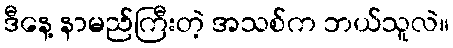
ဒီနေ့ နာမည်ကြီးတဲ့ အသစ်က ဘယ်သူလဲ။